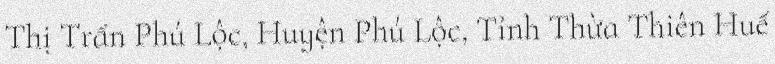
Thị Trấn Phú Lộc, Huyện Phú Lộc, Tỉnh Thừa Thiên Huế